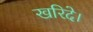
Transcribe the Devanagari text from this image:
खरिदे।